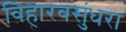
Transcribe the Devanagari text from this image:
विहारवसुंधरा